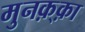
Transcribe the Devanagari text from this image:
मुनक़्क़ा